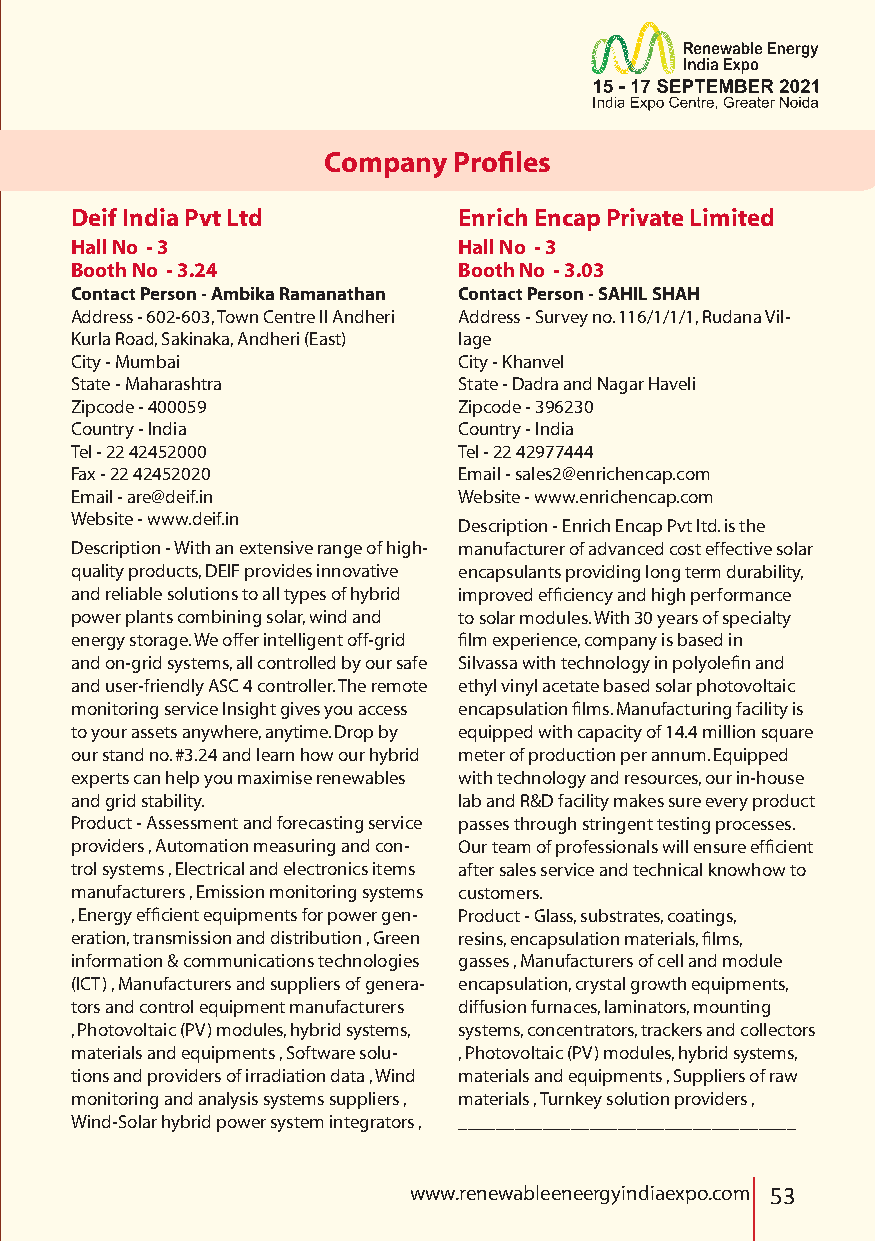
Company  Profiles
 Deif India Pvt Ltd       Enrich Encap Private Limited
 Hall No - 3              Hall No - 3
 Booth No - 3.24          Booth No - 3.03
 Contact Person - Ambika Ramanathan Contact Person - SAHIL SHAH
 Address - 602-603, Town Centre II Andheri Address - Survey no. 116/1/1/1, Rudana Vil-
 Kurla Road, Sakinaka, Andheri (East) lage
 City - Mumbai            City - Khanvel
 State - Maharashtra      State - Dadra and Nagar Haveli
 Zipcode - 400059         Zipcode - 396230
 Country - India          Country - India
 Tel - 22 42452000        Tel - 22 42977444
 Fax - 22 42452020        Email - sales2@enrichencap.com
 Email - are@deif.in      Website - www.enrichencap.com
 Website - www.deif.in
 Description - Enrich Encap Pvt ltd. is the
 Description - With an extensive range of high- manufacturer of advanced cost effective solar
 quality products, DEIF provides innovative encapsulants providing long term durability,
 and reliable solutions to all types of hybrid improved efficiency and high performance
 power plants combining solar, wind and to solar modules. With 30 years of specialty
 energy storage. We offer intelligent off-grid film experience, company is based in
 and on-grid systems, all controlled by our safe Silvassa with technology in polyolefin and
 and user-friendly ASC 4 controller. The remote ethyl vinyl acetate based solar photovoltaic
 monitoring service Insight gives you access encapsulation films. Manufacturing facility is
 to your assets anywhere, anytime. Drop by equipped with capacity of 14.4 million square
 our stand no. #3.24 and learn how our hybrid meter of production per annum. Equipped
 experts can help you maximise renewables with technology and resources, our in-house
 and grid stability.      lab and R&D facility makes sure every product
 Product - Assessment and forecasting service passes through stringent testing processes.
 providers , Automation measuring and con- Our team of professionals will ensure efficient
 trol systems , Electrical and electronics items after sales service and technical knowhow to
 manufacturers , Emission monitoring systems customers.
 , Energy efficient equipments for power gen- Product - Glass, substrates, coatings,
 eration, transmission and distribution , Green resins, encapsulation materials, films,
 information & communications technologies gasses , Manufacturers of cell and module
 (ICT) , Manufacturers and suppliers of genera- encapsulation, crystal growth equipments,
 tors and control equipment manufacturers diffusion furnaces, laminators, mounting
 , Photovoltaic (PV) modules, hybrid systems, systems, concentrators, trackers and collectors
 materials and equipments , Software solu- , Photovoltaic (PV) modules, hybrid systems,
 tions and providers of irradiation data , Wind materials and equipments , Suppliers of raw
 monitoring and analysis systems suppliers , materials , Turnkey solution providers ,
 Wind-Solar hybrid power system integrators , ____________________________________
 www.renewableeneergyindiaexpo.com 53